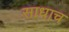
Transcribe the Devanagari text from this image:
साधाच